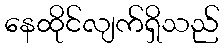
နေထိုင်လျက်ရှိသည်